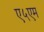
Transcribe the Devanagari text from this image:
ए५एम